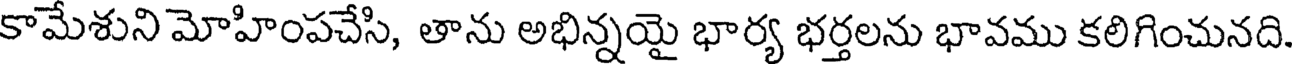
కామేశుని మోహింపచేసి, తాను అభిన్నయై భార్య భర్తలను భావము కలిగించునది